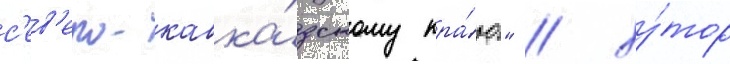
с'ев'еро-кавка́зскому кра́ю" / ху́тор